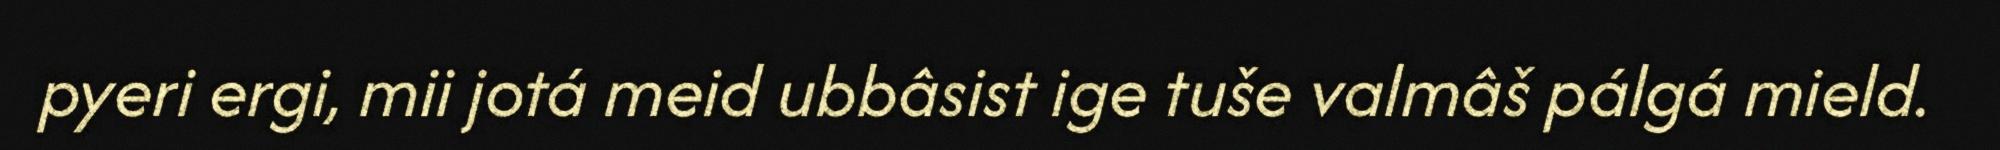
pyeri ergi, mii jotá meid ubbâsist ige tuše valmâš pálgá mield.